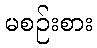
မစဉ်းစား